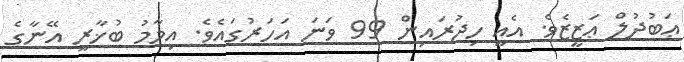
ޢަބުދުލް ޢަޒީޒެވެ. އެއީ ހިޖުރައިން 99 ވަނަ އަހަރުގައެވެ. އިމާމު ބުޚާރީ އޭނާގެ